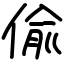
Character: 偸